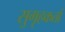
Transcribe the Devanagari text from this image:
सुगृहकर्ता